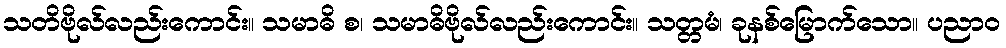
သတိဗိုလ်လည်းကောင်း။ သမာဓိ စ၊ သမာဓိဗိုလ်လည်းကောင်း။ သတ္တမံ၊ ခုနစ်မြောက်သော။ ပညာဝ